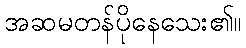
အဆမတန်ပိုနေသေး၏။